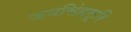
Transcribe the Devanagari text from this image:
जयसिंहसूरि